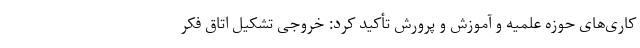
کاری‌های حوزه علمیه و آموزش و پرورش تأکید کرد: خروجی تشکیل اتاق فکر